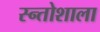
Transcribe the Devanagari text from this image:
स्न्तोशाला